Lunatic asylums Burma 1907-21 - 1907-1921
Year: 1907
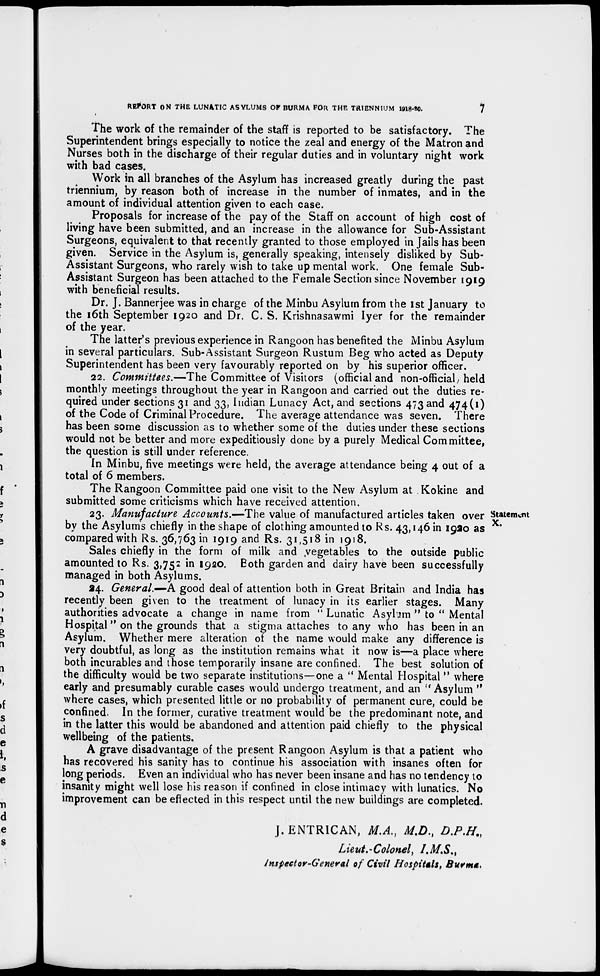
REPORT ON THE LUNATIC ASYLUMS OF BURMA FOR THE TRIENNIUM 1918-20.
7
The work of the remainder of the staff is reported to be satisfactory. The
Superintendent brings especially to notice the zeal and energy of the Matron and
Nurses both in the discharge of their regular duties and in voluntary night work
with bad cases.
Work in all branches of the Asylum has increased greatly during the past
triennium, by reason both of increase in the number of inmates, and in the
amount of individual attention given to each case.
Proposals for increase of the pay of the Staff on account of high cost of
living have been submitted, and an increase in the allowance for Sub-Assistant
Surgeons, equivalent to that recently granted to those employed in Jails has been
given. Service in the Asylum is, generally speaking, intensely disliked by Sub-
Assistant Surgeons, who rarely wish to take up mental work. One female Sub-
Assistant Surgeon has been attached to the Female Section since November 1919
with beneficial results.
Dr. J. Bannerjee was in charge of the Minbu Asylum from the 1st January to
the 16th September 1920 and Dr. C. S. Krishnasawmi Iyer for the remainder
of the year.
The latter's previous experience in Rangoon has benefited the Minbu Asylum
in several particulars. Sub-Assistant Surgeon Rustum Beg who acted as Deputy
Superintendent has been very favourably reported on by his superior officer.
22. Committees.—The Committee of Visitors (official and non-official held
monthly meetings throughout the year in Rangoon and carried out the duties re-
quired under sections 31 and 33, Indian Lunacy Act, and sections 473 and 474(1)
of the Code of Criminal Procedure. The average attendance was seven. There
has been some discussion as to whether some of the duties under these sections
would not be better and more expeditiously done by a purely Medical Committee,
the question is still under reference.
In Minbu, five meetings were held, the average attendance being 4 out of a
total of 6 members.
The Rangoon Committee paid one visit to the New Asylum at Kokine and
submitted some criticisms which have received attention.
Statement
X.
23. Manufacture Accounts.—The value of manufactured articles taken over
by the Asylums chiefly in the shape of clothing amounted to Rs. 43,146 in 1920 as
compared with Rs. 36,763 in 1919 and Rs. 31,518 in 1918.
Sales chiefly in the form of milk and vegetables to the outside public
amounted to Rs. 3,752 in 1920. Both garden and dairy have been successfully
managed in both Asylums.
24. General.—A good deal of attention both in Great Britain and India has
recently been given to the treatment of lunacy in its earlier stages. Many
authorities advocate a change in name from " Lunatic Asylum " to " Mental
Hospital" on the grounds that a stigma attaches to any who has been in an
Asylum. Whether mere alteration of the name would make any difference is
very doubtful, as long as the institution remains what it now is—a place where
both incurables and those temporarily insane are confined. The best solution of
the difficulty would be two separate institutions—one a " Mental Hospital " where
early and presumably curable cases would undergo treatment, and an " Asylum "
where cases, which presented little or no probability of permanent cure, could be
confined. In the former, curative treatment would be the predominant note, and
in the latter this would be abandoned and attention paid chiefly to the physical
wellbeing of the patients.
A grave disadvantage of the present Rangoon Asylum is that a patient who
has recovered his sanity has to continue his association with insanes often for
long periods. Even an individual who has never been insane and has no tendency to
insanity might well lose his reason if confined in close intimacy with lunatics. No
improvement can be effected in this respect until the new buildings are completed.
J. ENTRICAN, M.A., M.D., D.P.H.,
Lieut.-Colonel, I.M.S.,
Inspector-General of Civil Hospitals, Burma.,